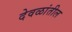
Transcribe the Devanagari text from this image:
देवळांतील